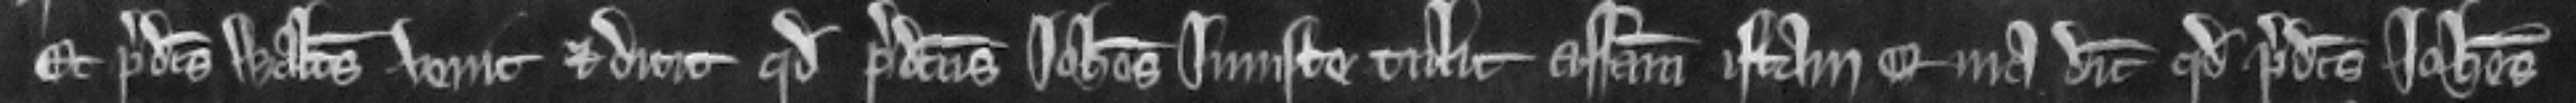
Et predictus Walterus venit et dicit quod predictus Iohannes injuste tulit assisam istam quia dicit quod predictus Iohannes